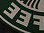
FEE